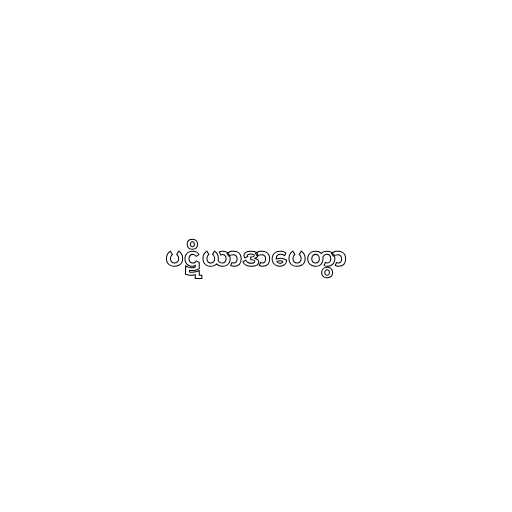
ပဋိယာဒာပေတွာ